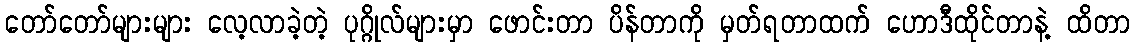
တော်တော်များများ လေ့လာခဲ့တဲ့ ပုဂ္ဂိုလ်များမှာ ဖောင်းတာ ပိန်တာကို မှတ်ရတာထက် ဟောဒီထိုင်တာနဲ့ ထိတာ